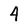
Character: 4